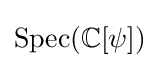
{\text{Spec}}(\mathbb {C} [\psi ])